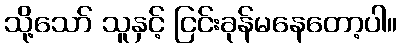
သို့သော် သူနှင့် ငြင်းခုန်မနေတော့ပါ။